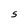
Character: S